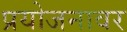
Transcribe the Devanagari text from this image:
प्रयोजनावर